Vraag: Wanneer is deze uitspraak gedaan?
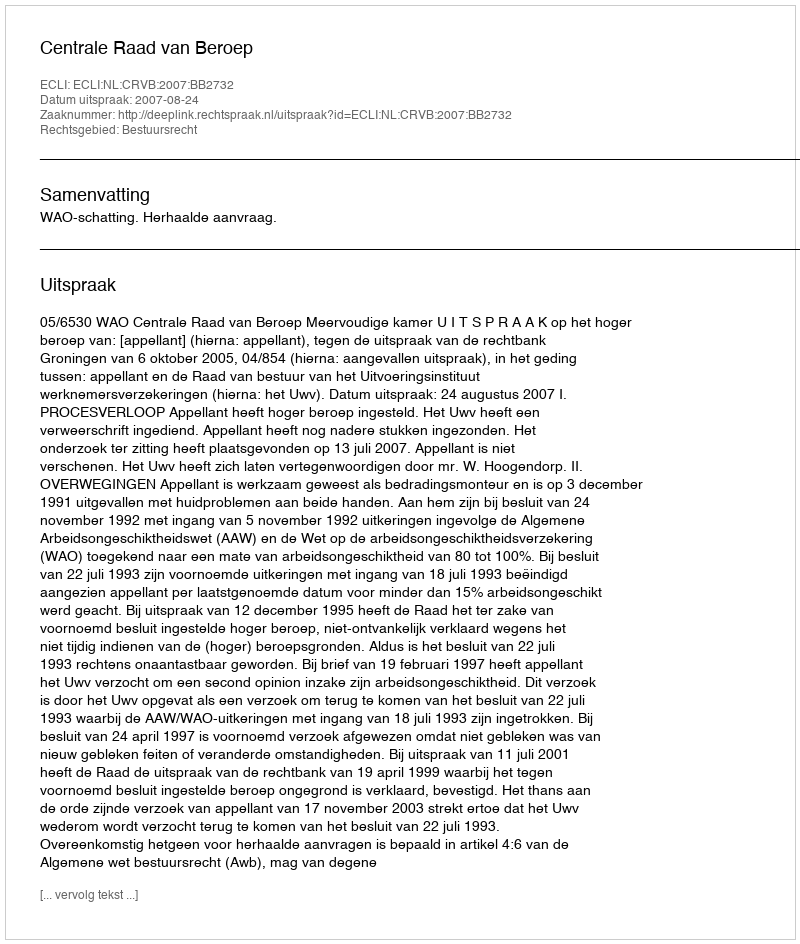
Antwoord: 2007-08-24